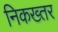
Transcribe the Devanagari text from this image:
निकख्तर